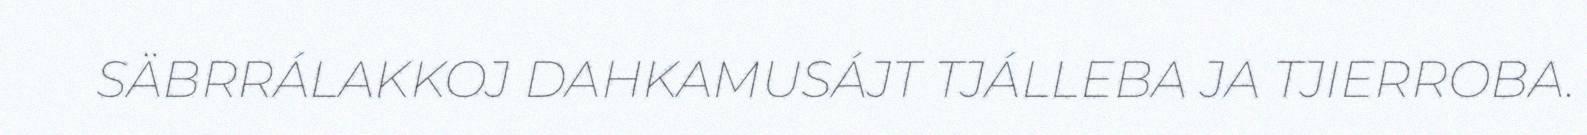
SÄBRRÁLAKKOJ DAHKAMUSÁJT TJÁLLEBA JA TJIERROBA.